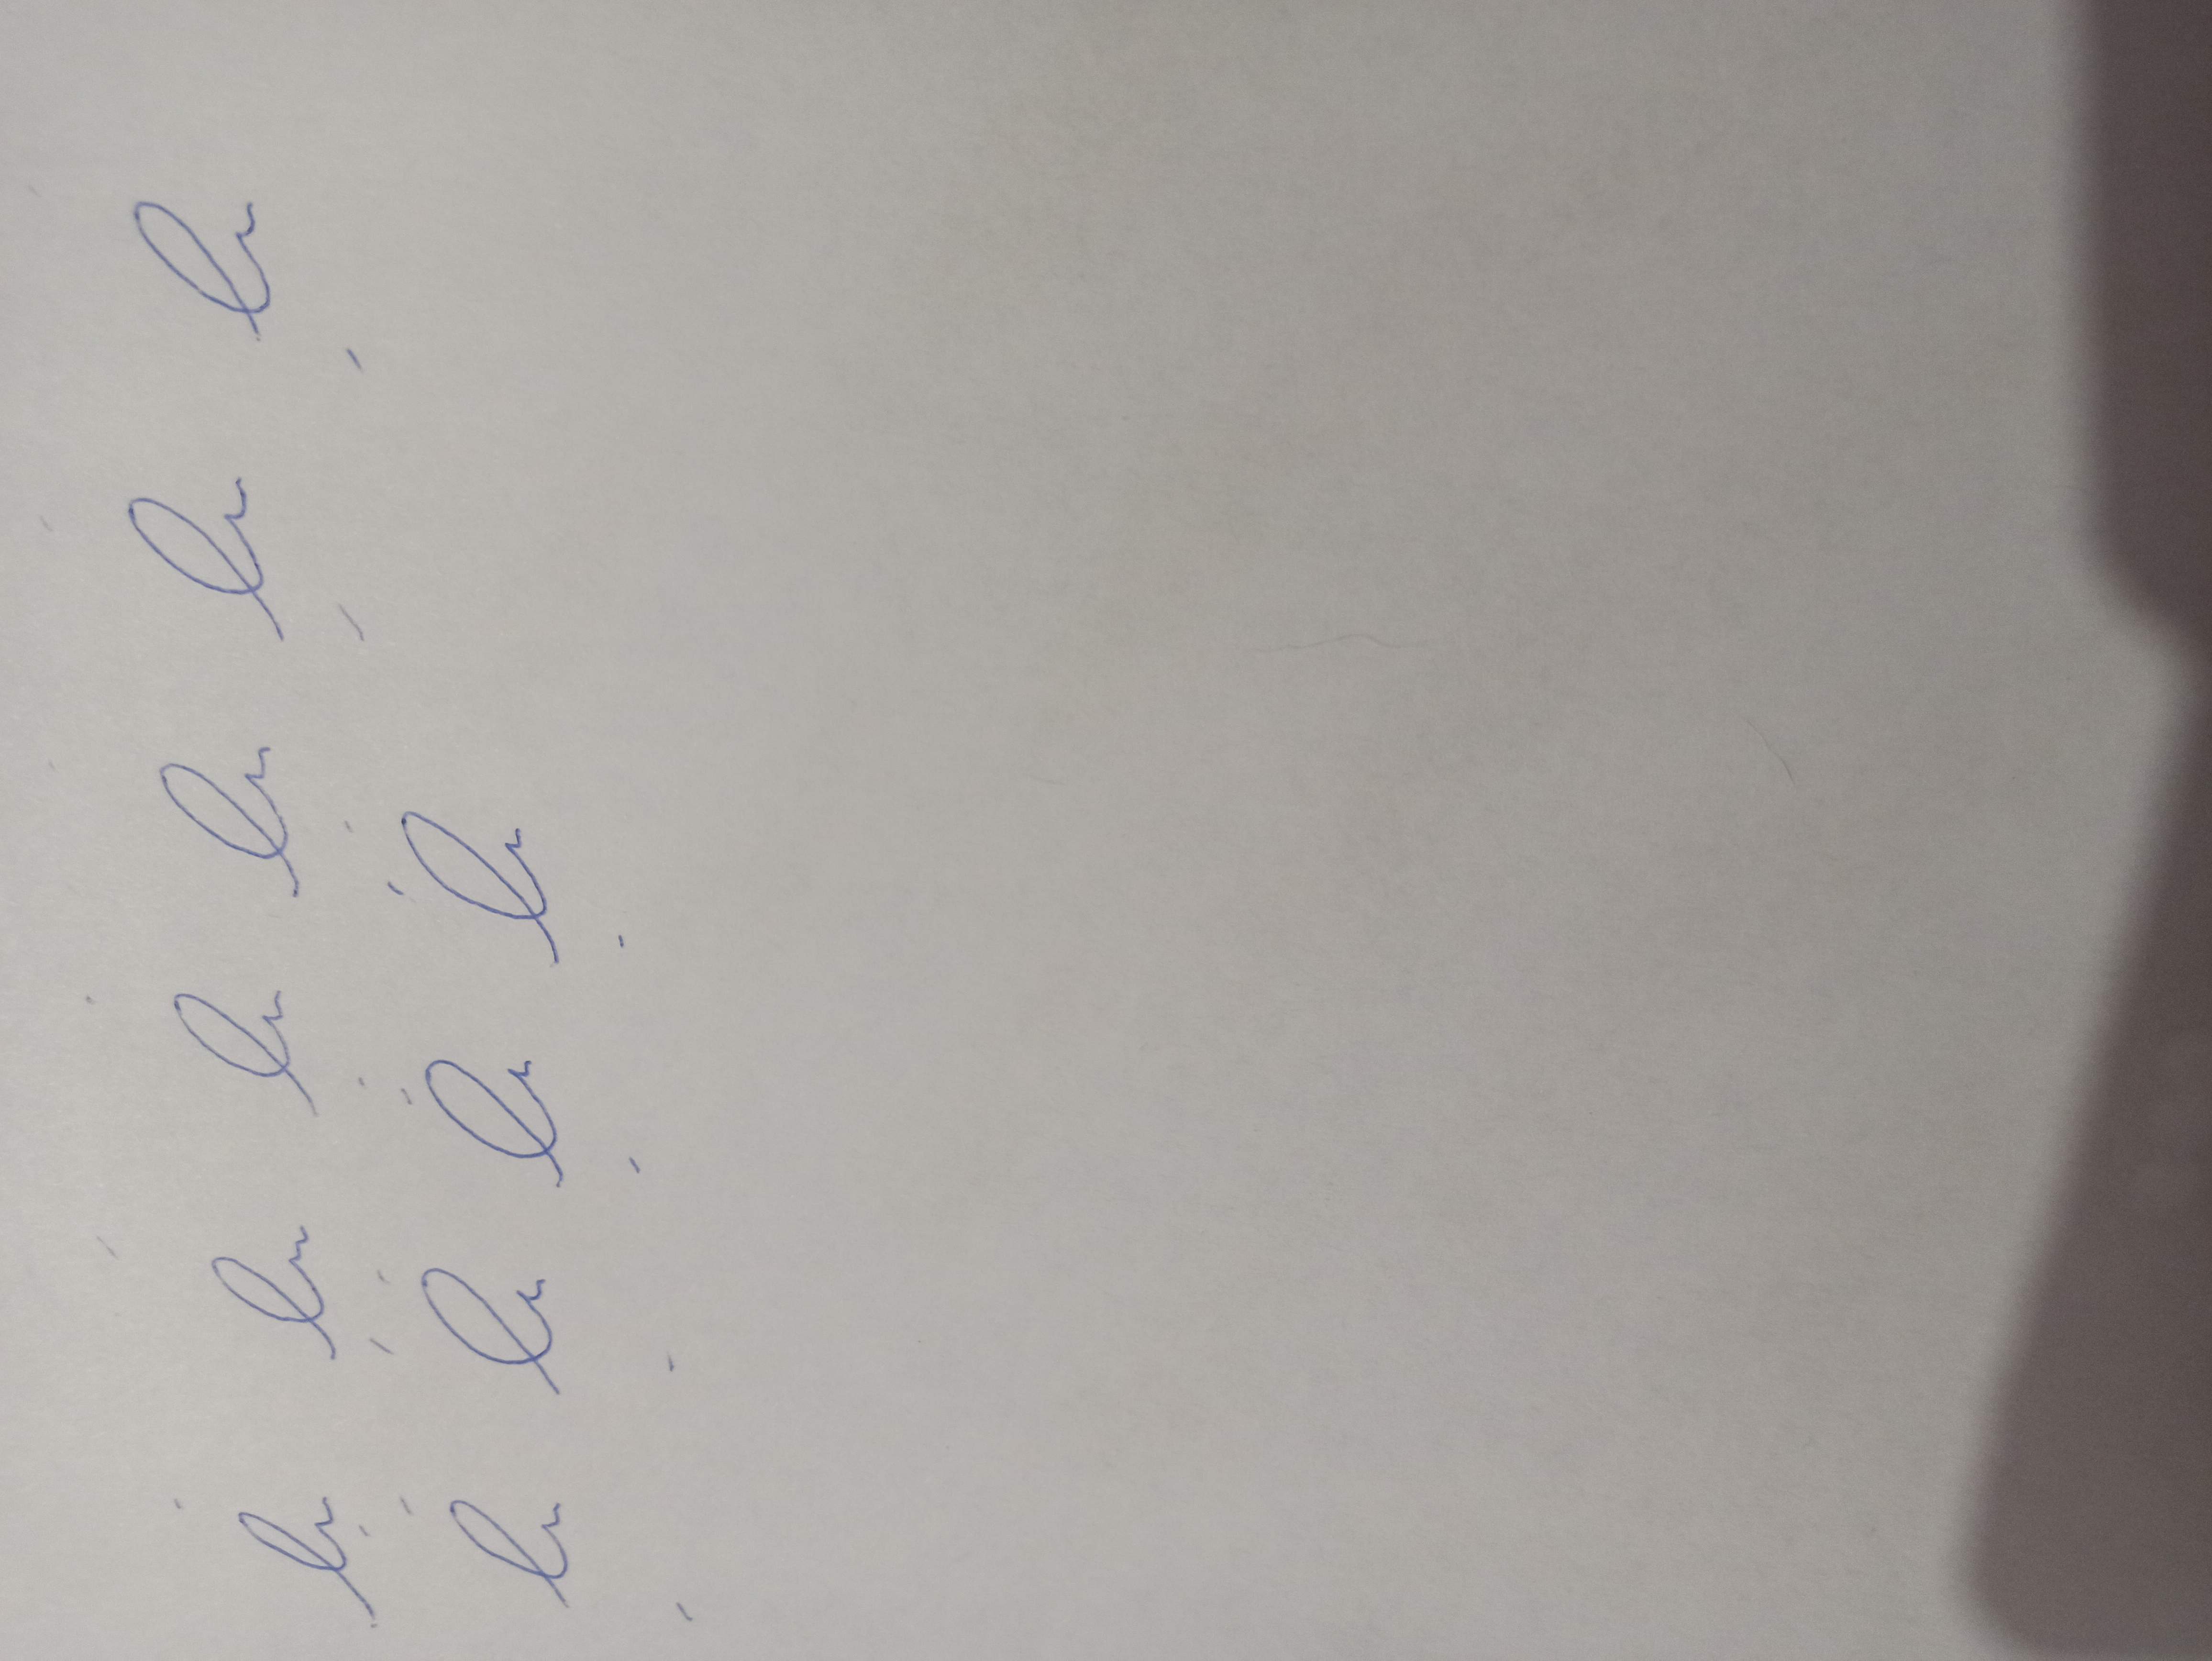
Signature authenticity: forged